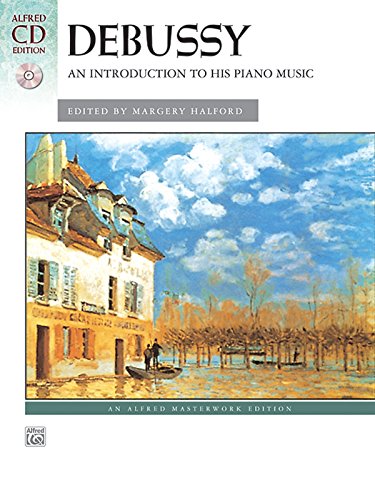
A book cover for Debussy -- An Introduction to His Piano Music (Alfred Masterwork CD Edition); Debussy; Humor & Entertainment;